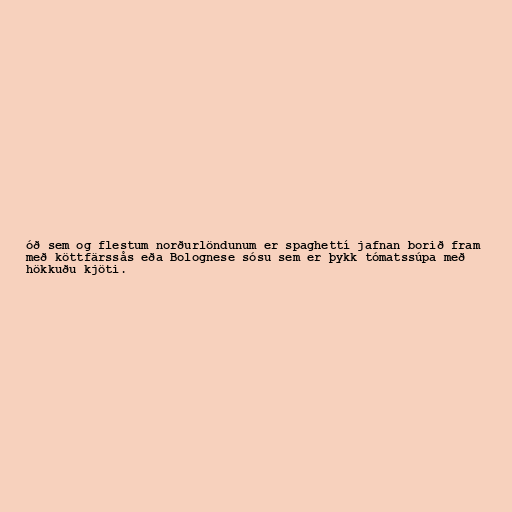
óð sem og flestum norðurlöndunum er spaghettí jafnan borið fram
með köttfärssås eða Bolognese sósu sem er þykk tómatssúpa með
hökkuðu kjöti.